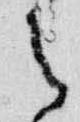
之